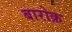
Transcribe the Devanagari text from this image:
बारोक़